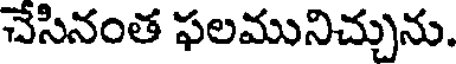
చేసినంత ఫలమునిచ్చును.